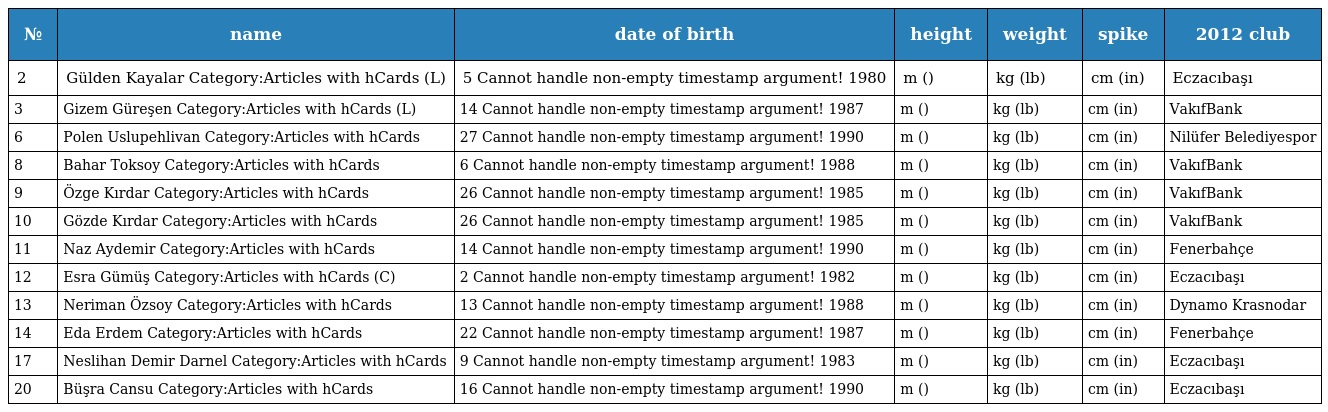
| № | name | date of birth | height | weight | spike | 2012 club |
 | --- | --- | --- | --- | --- | --- | --- |
 | 2 | Gülden Kayalar Category:Articles with hCards (L) | 5 Cannot handle non-empty timestamp argument! 1980 | m () | kg (lb) | cm (in) | Eczacıbaşı |
 | 3 | Gizem Güreşen Category:Articles with hCards (L) | 14 Cannot handle non-empty timestamp argument! 1987 | m () | kg (lb) | cm (in) | VakıfBank |
 | 6 | Polen Uslupehlivan Category:Articles with hCards | 27 Cannot handle non-empty timestamp argument! 1990 | m () | kg (lb) | cm (in) | Nilüfer Belediyespor |
 | 8 | Bahar Toksoy Category:Articles with hCards | 6 Cannot handle non-empty timestamp argument! 1988 | m () | kg (lb) | cm (in) | VakıfBank |
 | 9 | Özge Kırdar Category:Articles with hCards | 26 Cannot handle non-empty timestamp argument! 1985 | m () | kg (lb) | cm (in) | VakıfBank |
 | 10 | Gözde Kırdar Category:Articles with hCards | 26 Cannot handle non-empty timestamp argument! 1985 | m () | kg (lb) | cm (in) | VakıfBank |
 | 11 | Naz Aydemir Category:Articles with hCards | 14 Cannot handle non-empty timestamp argument! 1990 | m () | kg (lb) | cm (in) | Fenerbahçe |
 | 12 | Esra Gümüş Category:Articles with hCards (C) | 2 Cannot handle non-empty timestamp argument! 1982 | m () | kg (lb) | cm (in) | Eczacıbaşı |
 | 13 | Neriman Özsoy Category:Articles with hCards | 13 Cannot handle non-empty timestamp argument! 1988 | m () | kg (lb) | cm (in) | Dynamo Krasnodar |
 | 14 | Eda Erdem Category:Articles with hCards | 22 Cannot handle non-empty timestamp argument! 1987 | m () | kg (lb) | cm (in) | Fenerbahçe |
 | 17 | Neslihan Demir Darnel Category:Articles with hCards | 9 Cannot handle non-empty timestamp argument! 1983 | m () | kg (lb) | cm (in) | Eczacıbaşı |
 | 20 | Büşra Cansu Category:Articles with hCards | 16 Cannot handle non-empty timestamp argument! 1990 | m () | kg (lb) | cm (in) | Eczacıbaşı |